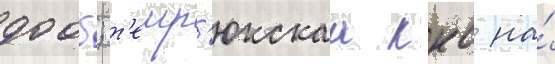
дооб; т'емр'юкскаа ккс на́